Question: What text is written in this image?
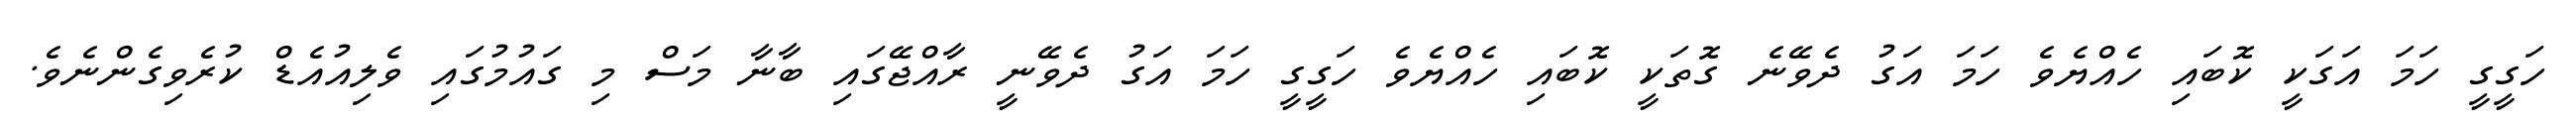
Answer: ހަގީގީ ހަމަ އަގަކީ ކޮބައި ހެއްޔެވެ ހަމަ އަގު ދެވޭނެ ގޮތަކީ ކޮބައި ހެއްޔެވެ ހަގީގީ ހަމަ އަގު ދެވޭނީ ރާއްޖޭގައި ބާނާ މަސް މި ގައުމުގައި ވެލިއުއެޑް ކުރެވިގެންނެވެ.